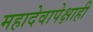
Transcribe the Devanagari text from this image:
महादेवापेक्षाही